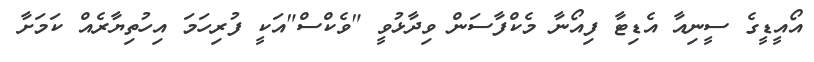
އޯއީޑީގެ ސީނިއާ އެޑިޓާ ފިއޯނާ މެކްފާސަން ވިދާޅުވީ "ވެކްސް"އަކީ ފުރިހަމަ އިހުތިޔާރެއް ކަމަށާ